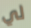
لي